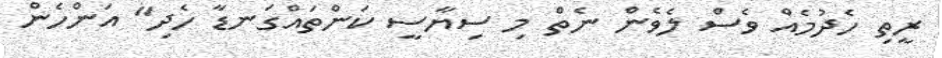
ރީތި ހެދުމެއް ވެސް ލެވެން ނެތް މި ސިޔާސީ ކަންތައްގަނޑާ ހެދި" އަންހެން